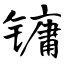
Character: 镛